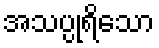
အသပ္ပုရိသော